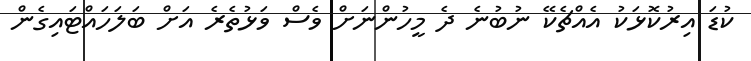
ކުޑަ އިރުކޮޅަކު އެއްޗެކޭ ނުބުނެ ދެ މީހުންނަށް ވެސް ވަޅުތެރެ އަށް ބަލަހައްޓައިގެން